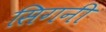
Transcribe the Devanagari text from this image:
सिगनी